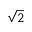
\sqrt { 2 }